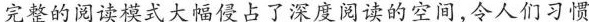
完整的阅读模式大幅侵占了深度阅读的空间，令人们习惯